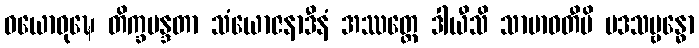
ဝယောဝုဍ္ဎေ တိက္ခမန္ဒတာ သံယောဇနာဒီနံ အဿတ္ထေ ဒါယီသိ သာမာဝတီပိ ပဒသမ္ဗန္ဓော